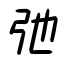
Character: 弛